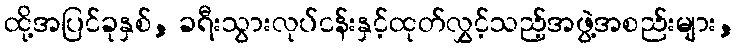
ထို့အပြင်ခုနှစ်, ခရီးသွားလုပ်ငန်းနှင့်ထုတ်လွှင့်သည့်အဖွဲ့အစည်းများ,